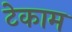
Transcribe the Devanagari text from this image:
टेकाम